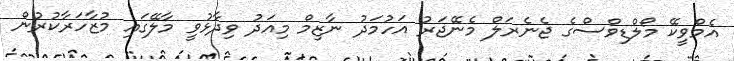
އެމްވީކޭ މޯލްޑިވްސްގެ ޖެނެރަލް މެނޭޖަރު އަހުމަދު ނާޒިމް މިއަދު ވިދާޅުވީ މާލޭގައި މުޒާހަރާކުރުން